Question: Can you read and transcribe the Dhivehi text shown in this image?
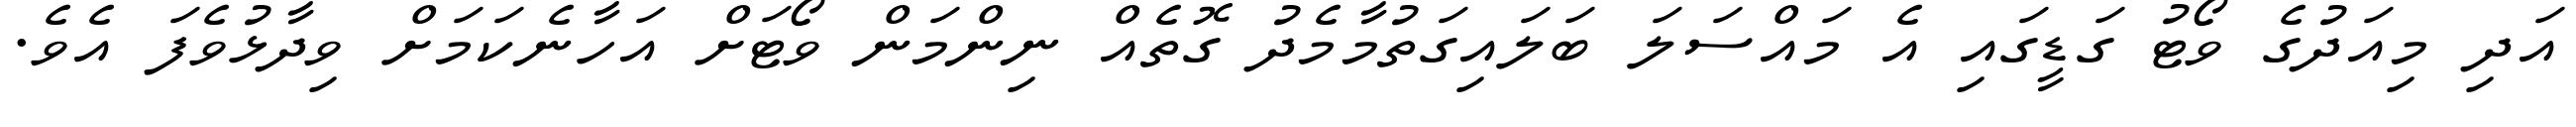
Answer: އަދި މިއަދުގެ ވޯޓު ގަޑީގައި އެ މައްސަލަ ބަލައިގަތުމާމެދު ގޮތެއް ނިންމަން ވޯޓަށް އަހާނެކަމަށް ވިދާޅުވެފަ އެވެ.